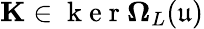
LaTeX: \mathbf{K}\in\mathrm{~k~e~r~}\mathbf{\Omega}_{L}(\mathfrak{u})